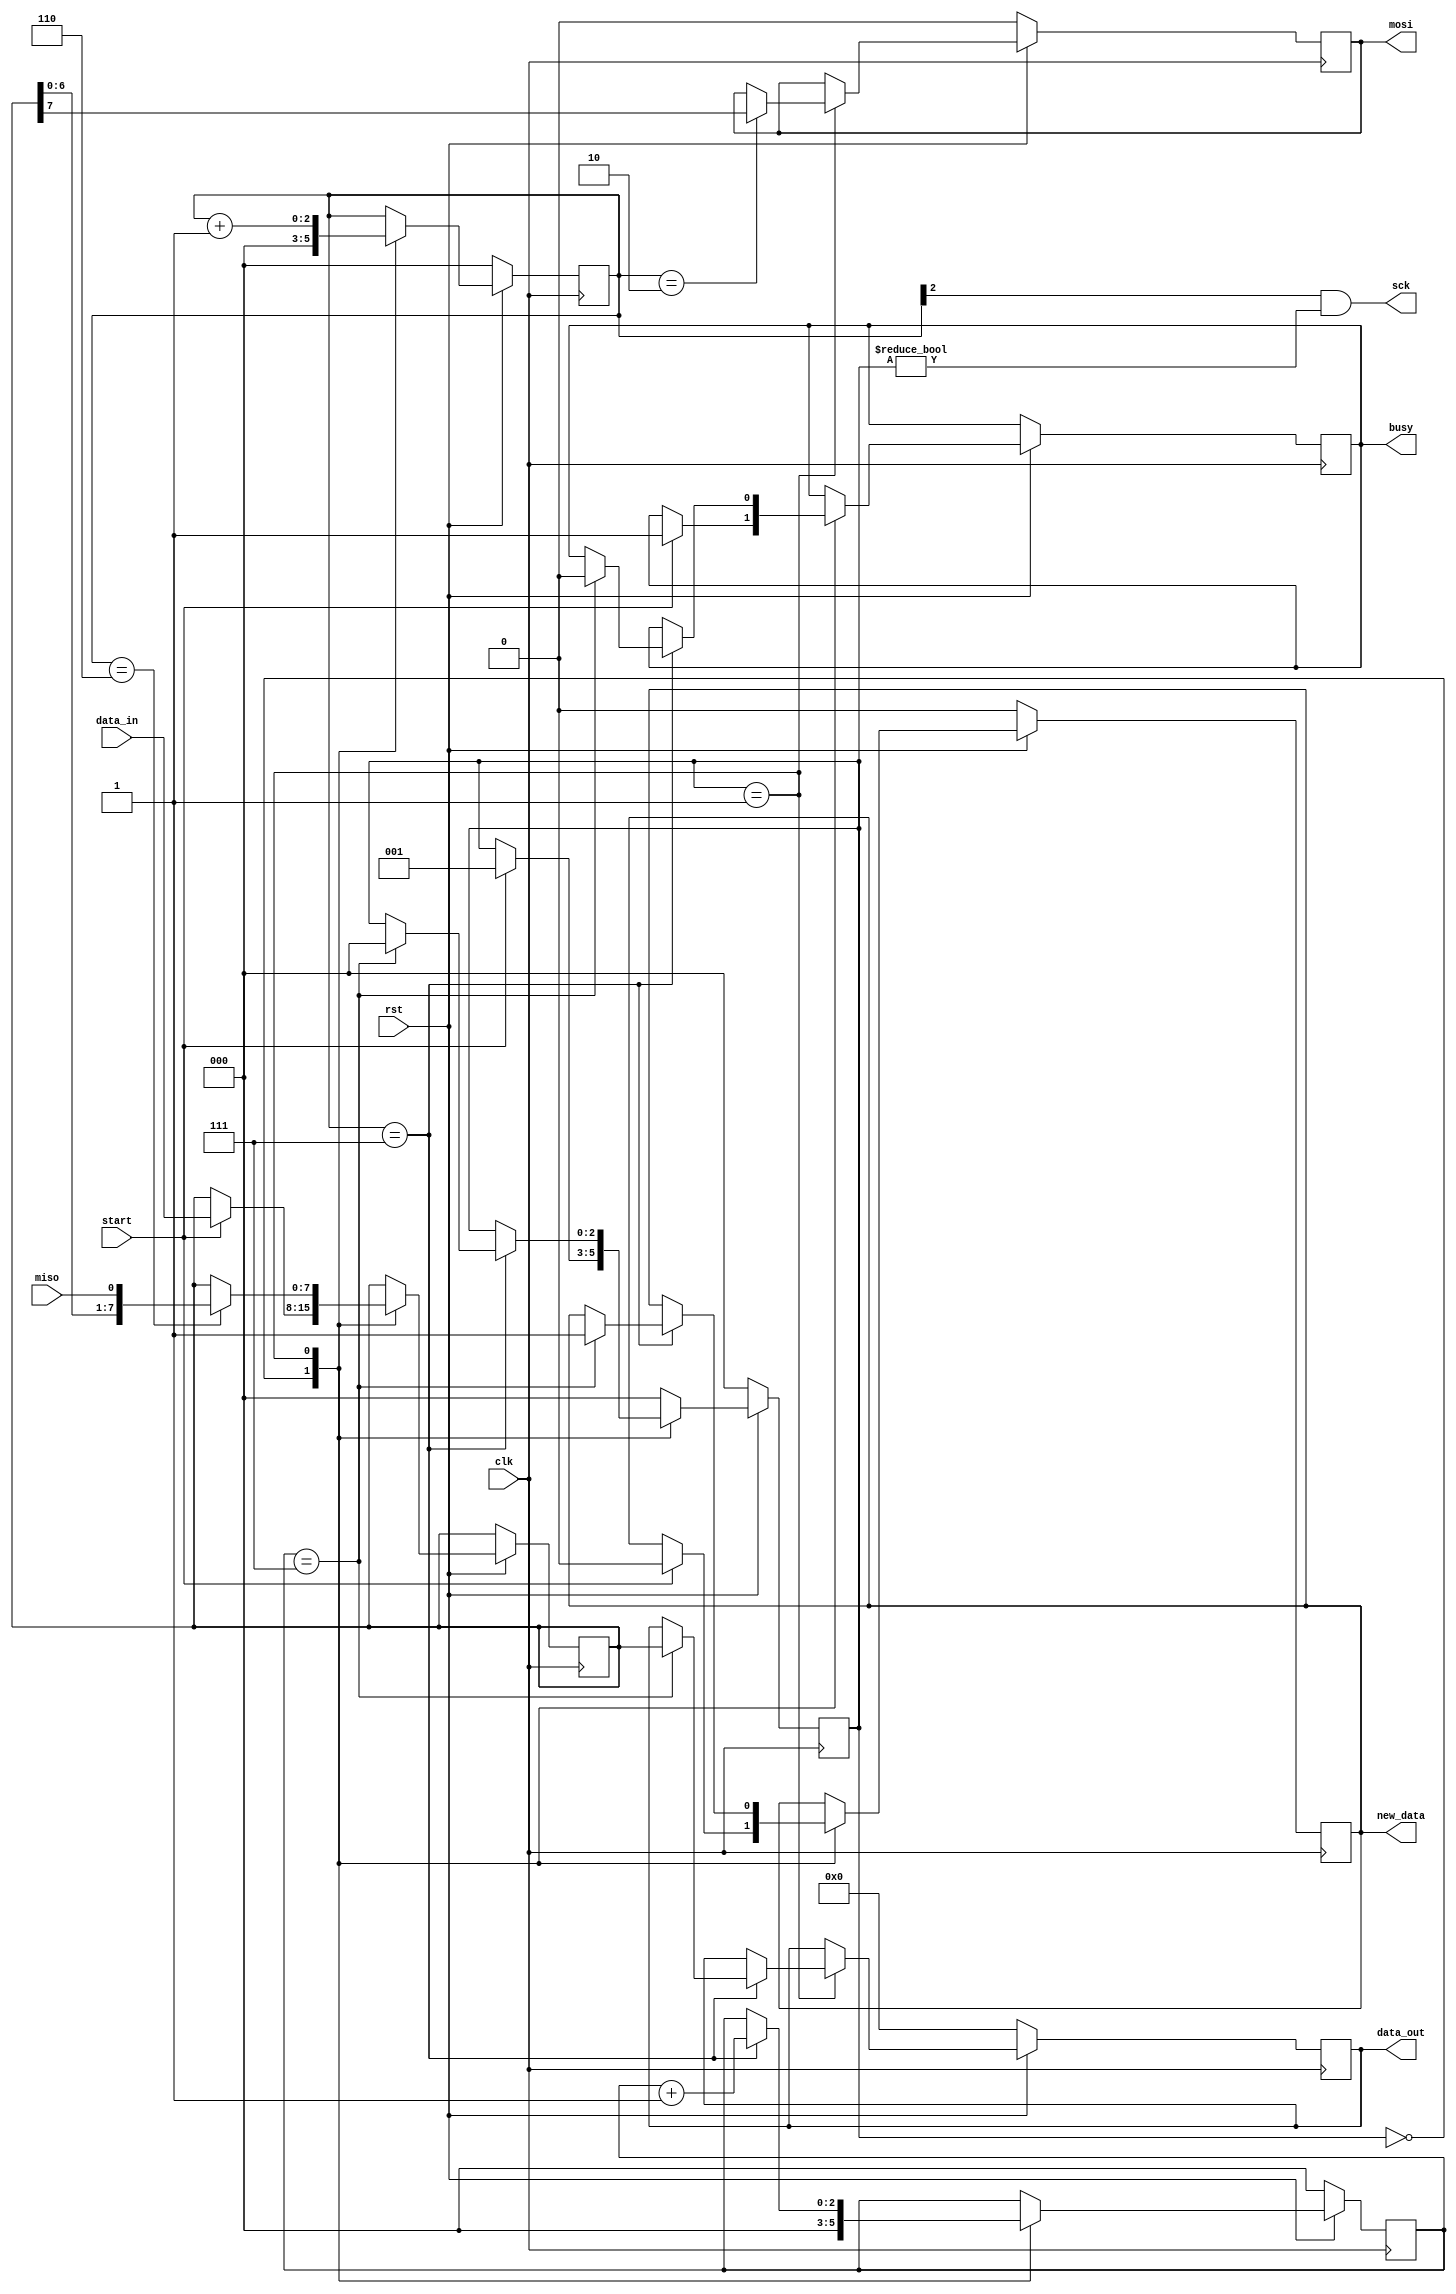
module spi_master ( 
    input clk,
    input rst,
    input miso,
    output mosi,
    output sck,
    input start,
    input[7:0] data_in,
    output[7:0] data_out,
    output busy,
    output new_data
);

localparam CLK_DIV=3;

localparam IDLE = 3'd0,
           TRANSFER = 3'd1;

reg [2:0] state;

reg [7:0] data;

reg [CLK_DIV-1:0] sck_q;
assign sck = (sck_q[CLK_DIV-1] && state!=IDLE);

reg mosi;
reg [2:0] ctr;
reg [7:0] data_out;

reg new_data;
reg busy;

always @(posedge clk) begin
    if (!rst) begin
        ctr <= 3'b0;
        sck_q <= 3'h0;
        mosi <= 1'b0;
        state <= IDLE;
        data_out <= 8'b0;
        new_data <= 1'b0;
    end else begin

      case (state)
          IDLE: begin
              sck_q <= 3'h0; 
              ctr <= 3'b0;

              if (start == 1'b1) begin
                  busy<=1'b1;
                  new_data <= 1'b0;
                  data <= data_in;
                  state <= TRANSFER;
              end
          end

          TRANSFER: begin
              sck_q <= sck_q + 1'b1;

              case(sck_q) 
                3'b000: begin
                end
                3'b001: begin
                end
                3'b010: begin
                  mosi <= data[7];
                end
                3'b011: begin
                end 
                3'b100: begin
                end
                3'b101: begin
                end
                3'b110: begin
                  data <= {data[6:0], miso};
                end
                3'b111: begin
                  ctr <= ctr + 1'b1;
                  if (ctr == 3'b111) begin
                      data_out <= data;
                      busy<=1'b0;
                      new_data <= 1'b1;
                      state <= IDLE;
                  end
                end
              endcase
          end

          default: begin
              state <= IDLE;
          end
      endcase
    end
end

endmodule